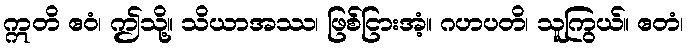
ဣတိ ဧဝံ၊ ဤသို့။ သိယာအဿ၊ ဖြစ်ငြားအံ့။ ဂဟပတိ၊ သူကြွယ်။ ဧတံ၊